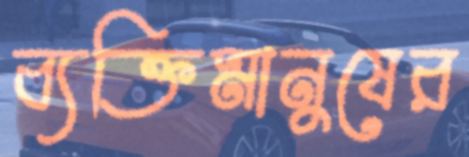
ব্যক্তিমানুষের